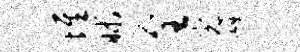
墀昧全完崛